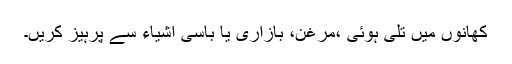
کھانوں میں تلی ہوئی ،مرغن، بازاری یا باسی اشیاء سے پرہیز کریں۔